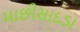
માછીસાદડા